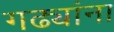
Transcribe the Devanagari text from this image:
गढ्यांना